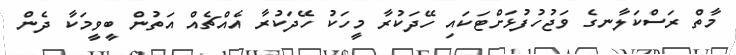
މާތް ރަސްކަލާނގެ ވަޖުހުފުޅަށްޓަކައި ހޭދަކުރާ މީހަކު ހޭދަކުރާ އެއްޗެއް އަތުން ބީވީމަކާ ދެން